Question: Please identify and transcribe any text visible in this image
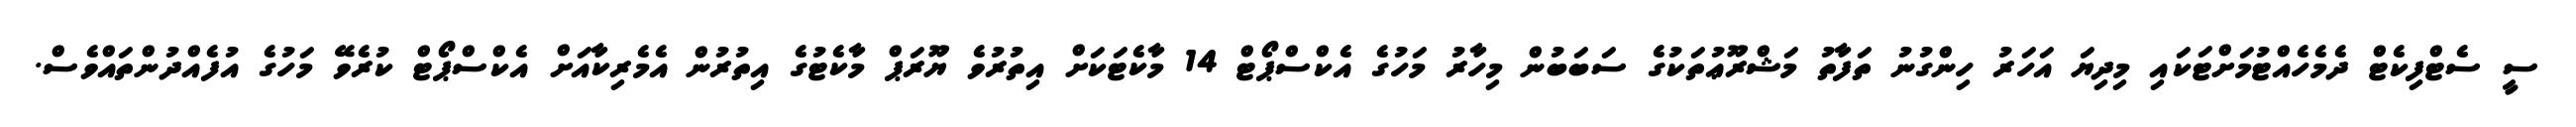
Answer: ސީ ސެޓްފިކެޓް ދެމެހެއްޓުމަށްޓަކައި މިދިޔަ އަހަރު ހިންގުނު ތަފާތު މަޝްރޫޢުތަކުގެ ސަބަބުން މިހާރު މަހުގެ އެކްސްޕޯޓް 14 މާކެޓަކަށް އިތުރުވެ ޔޫރަޕް މާކެޓުގެ އިތުރުން އެމެރިކާއަށް އެކްސްޕޯޓް ކުރެވޭ މަހުގެ އުފެއްދުންތައްވެސް.